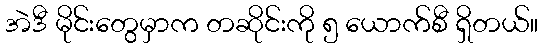
အဲဒီ မိုင်းတွေမှာက တဆိုင်းကို ၅ ယောက်စီ ရှိတယ်။